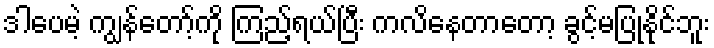
ဒါပေမဲ့ ကျွန်တော့်ကို ကြည့်ရယ်ပြီး ကလိနေတာတော့ ခွင့်မပြုနိုင်ဘူး